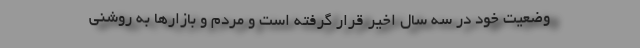
وضعیت خود در سه سال اخیر قرار گرفته است و مردم و بازارها به روشنی